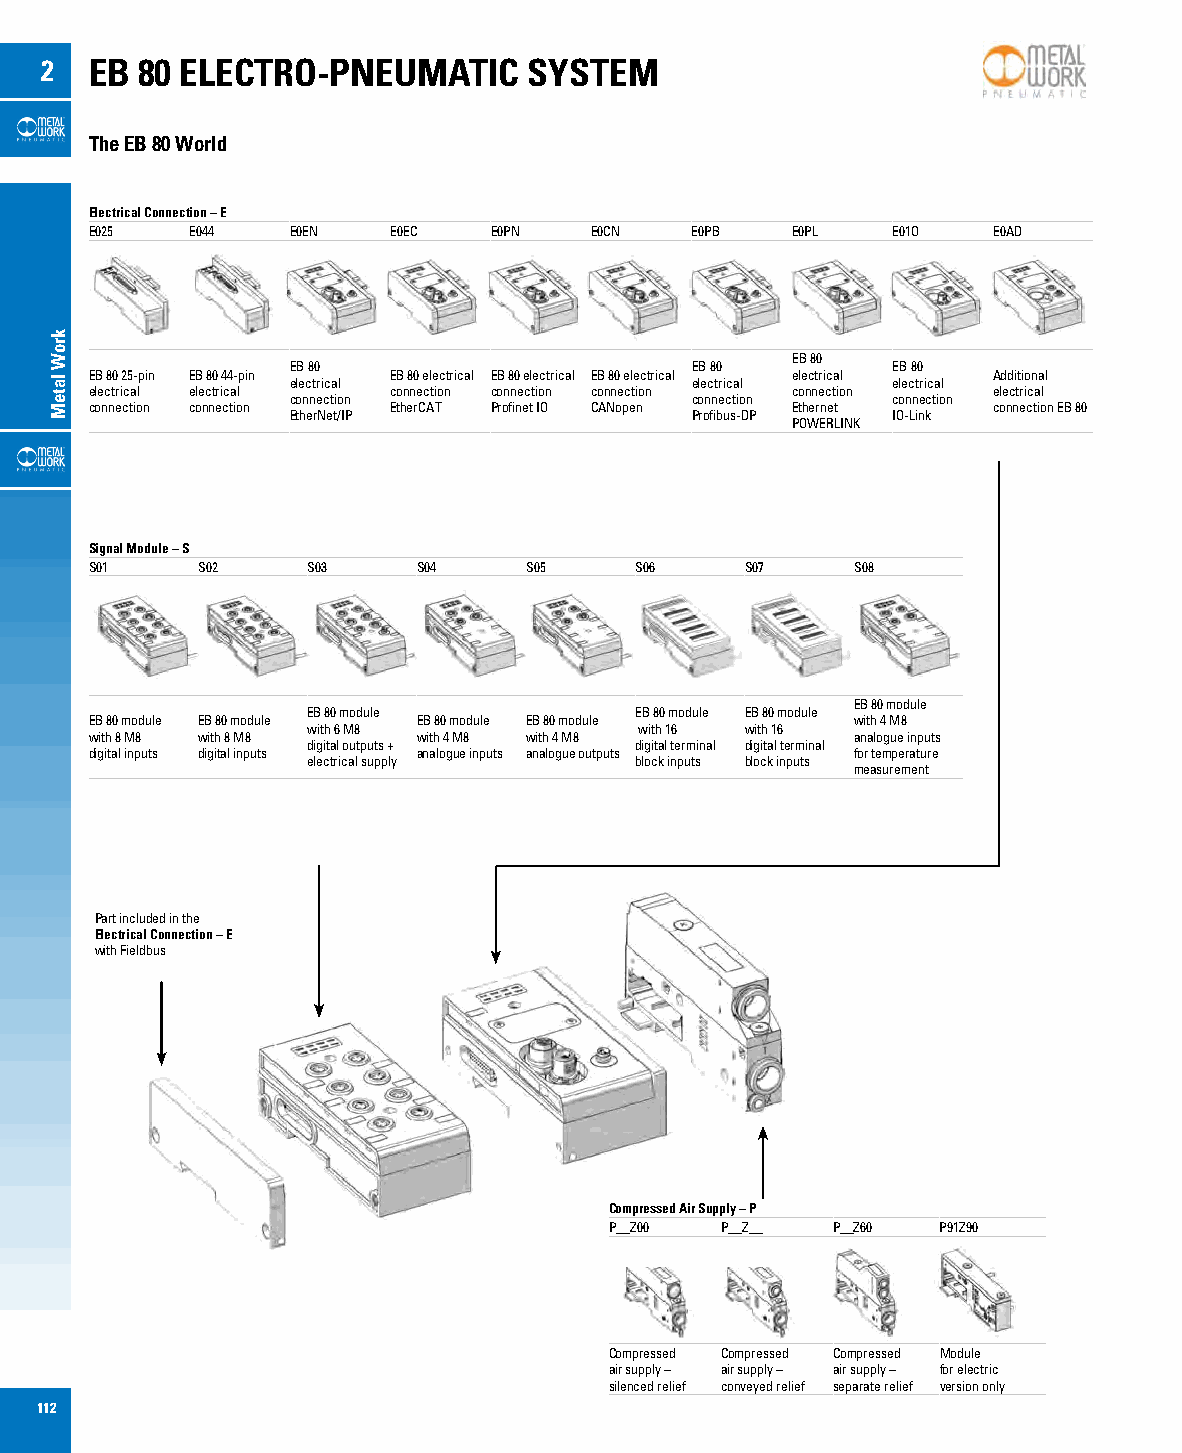
2  EB 80 ELECTRO-PNEUMATIC      SYSTEM
 The EB 80 World
 Electrical Connection – E
 E025   E044  E0EN   E0EC  E0PN   E0CN   E0PB  E0PL   E01O   E0AD
 EB 80
 EB 80                      EB 80        EB 80
 EB 80 25-pin EB 80 44-pin EB 80 electrical EB 80 electrical EB 80 electrical electrical Additional electrical electrical electrical
 electrical electrical connection connection connection connection electrical
 connection                 connection   connection
 connection connection EtherCAT Profinet IO CANopen Ethernet connection EB 80
 EtherNet/IP                Profibus-DP  IO-Link
 POWERLINK
 Signal Module – S
 S01    S02    S03     S04    S05    S06    S07    S08
 EB 80 module
 EB 80 module          EB 80 module EB 80 module
 EB 80 module EB 80 module EB 80 module EB 80 module with 4 M8
 with 6 M8             with 16 with 16
 with 8 M8 with 8 M8   with 4 M8 with 4 M8         analogue inputs
 digital outputs +     digital terminal digital terminal
 digital inputs digital inputs analogue inputs analogue outputs for temperature
 electrical supply     block inputs block inputs
 measurement
 Part included in the
 Electrical Connection – E
 with Fieldbus
 Compressed Air Supply – P
 P__Z00  P__Z__ P__Z60 P91Z90
 Compressed Compressed Compressed Module
 air supply – air supply – air supply – for electric
 silenced relief conveyed relief separate relief version only
 112
 kroW
 lateM